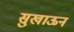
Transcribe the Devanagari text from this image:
सुखाऊन